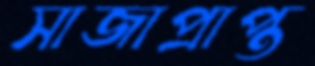
সাজাপ্রাপ্ত